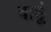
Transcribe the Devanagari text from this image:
वाढूं